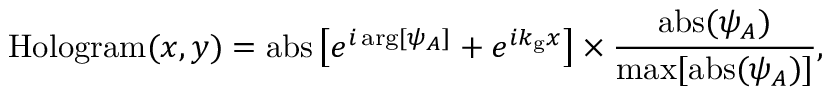
\mathrm { H o l o g r a m } ( x , y ) = \mathrm { a b s } \left[ e ^ { i \, \mathrm { a r g } [ \psi _ { A } ] } + e ^ { i k _ { \mathrm { g } } x } \right] \times \frac { \mathrm { a b s } ( \psi _ { A } ) } { \mathrm { m a x } [ \mathrm { a b s } ( \psi _ { A } ) ] } ,